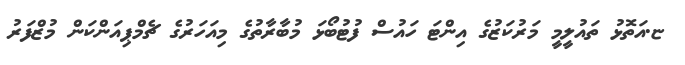
ޏ.އަތޮޅު ތައުލީމީ މަރުކަޒުގެ އިންޓަ ހައުސް ފުޓުބޯޅަ މުބާރާތުގެ މިއަހަރުގެ ޗެމްޕިއަންކަން މުޒްފަރު